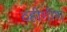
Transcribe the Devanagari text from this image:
व्हीगीश